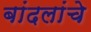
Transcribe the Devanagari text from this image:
बांदलांचे